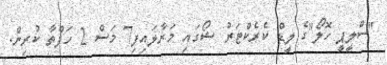
"ސްލީޕީ ހޮލޯ"ގެ ލީޑް ކެރެކްޓަރު ޝޯގައި މަރާލައިފި7 މަސް 2 ހަފްތާ ކުރިން.